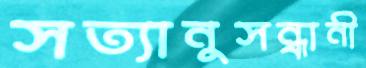
সত্যানুসন্ধানী